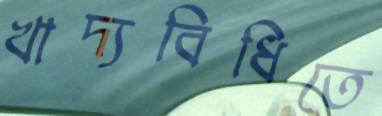
খাদ্যবিধিতে